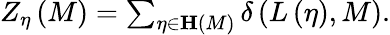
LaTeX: \begin{array}{r}{Z_{\eta}\left(M\right)=\sum_{\eta\in\mathbf{H}\left(M\right)}\delta\left(L\left(\eta\right),M\right).}\end{array}